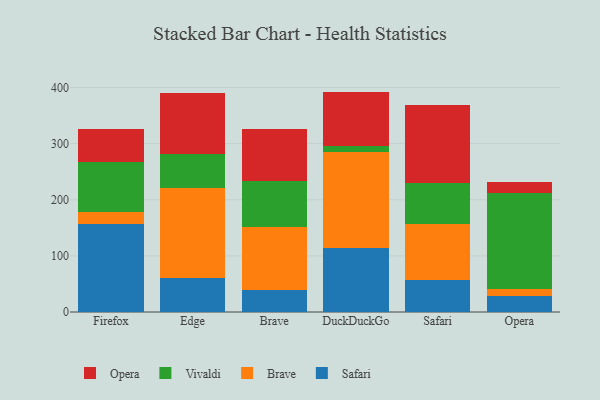
{"axis": {"x": "Browser", "y": "Backlog"}, "legend": ["Brave", "Opera", "Safari", "Vivaldi"], "data": [{"x": "Firefox", "y": 157.5, "type": "Safari"}, {"x": "Firefox", "y": 19.9, "type": "Brave"}, {"x": "Firefox", "y": 89.7, "type": "Vivaldi"}, {"x": "Firefox", "y": 58.8, "type": "Opera"}, {"x": "Edge", "y": 59.8, "type": "Safari"}, {"x": "Edge", "y": 160.3, "type": "Brave"}, {"x": "Edge", "y": 61.4, "type": "Vivaldi"}, {"x": "Edge", "y": 108.7, "type": "Opera"}, {"x": "Brave", "y": 38.4, "type": "Safari"}, {"x": "Brave", "y": 113.2, "type": "Brave"}, {"x": "Brave", "y": 82.5, "type": "Vivaldi"}, {"x": "Brave", "y": 92.1, "type": "Opera"}, {"x": "DuckDuckGo", "y": 114.2, "type": "Safari"}, {"x": "DuckDuckGo", "y": 170.1, "type": "Brave"}, {"x": "DuckDuckGo", "y": 11.5, "type": "Vivaldi"}, {"x": "DuckDuckGo", "y": 96.9, "type": "Opera"}, {"x": "Safari", "y": 57.8, "type": "Safari"}, {"x": "Safari", "y": 98.5, "type": "Brave"}, {"x": "Safari", "y": 73.1, "type": "Vivaldi"}, {"x": "Safari", "y": 138.6, "type": "Opera"}, {"x": "Opera", "y": 27.9, "type": "Safari"}, {"x": "Opera", "y": 13.6, "type": "Brave"}, {"x": "Opera", "y": 170.2, "type": "Vivaldi"}, {"x": "Opera", "y": 20.2, "type": "Opera"}]}